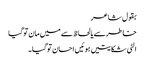
بقول شاعر
خاطرسے یالحاظ سے میں مان توگیا
الٹی شکایتیں ہوئیں احسان توگیا۔